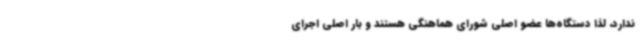
ندارد، لذا دستگاه‌ها عضو اصلی شورای هماهنگی هستند و بار اصلی اجرای